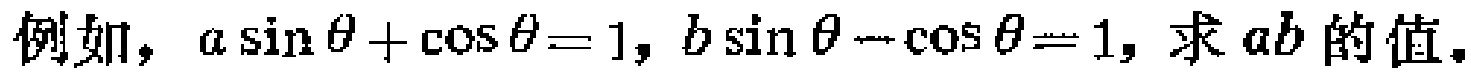
例如，\(a\sin\theta+\cos\theta = 1\)，\(b\sin\theta-\cos\theta = 1\)，求 \(ab\) 的值。